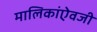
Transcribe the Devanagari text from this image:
मालिकांऐवजी